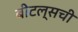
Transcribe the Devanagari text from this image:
बीटल्सची